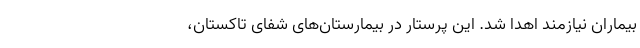
بیماران نیازمند اهدا شد. این پرستار در بیمارستان‌های شفای تاکستان،